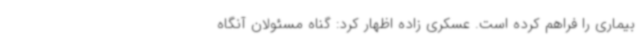
بیماری را فراهم کرده است. عسکری زاده اظهار کرد: گناه مسئولان آنگاه